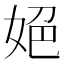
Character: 𡜆